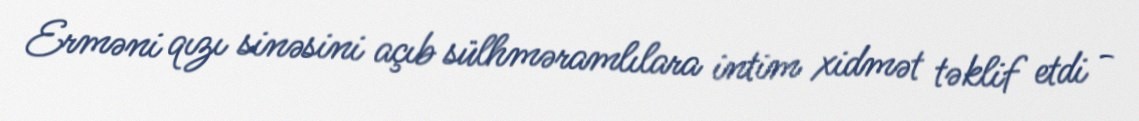
Erməni qızı sinəsini açıb sülhməramlılara intim xidmət təklif etdi -